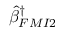
\hat { \beta } _ { F M I 2 } ^ { \dagger }